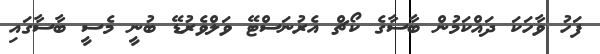
ފަހު ވާހަކަ ދައްކަމުން ބާސާގެ ކޯޗް އެރުނަސްޓޭ ވަލްވެރުޑޭ ބުނީ މެސީ ބާސާގައި